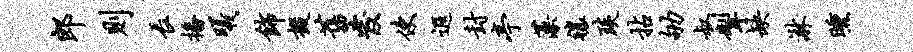
郎则长播曦饰掇旧发使遐封亭藻禳琰拈劬叔掣缺淋曛